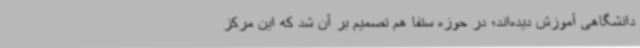
دانشگاهی آموزش دیده‌اند؛ در حوزه ستفا هم تصمیم بر آن شد که این مرکز